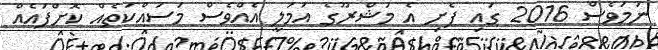
ނަމަވެސް 2016 ގައި ފެށި އެ މަޝްރޫގެ އަމަލީ އެއްވެސް މަސައްކަތެއް ކޮށްފައެއް